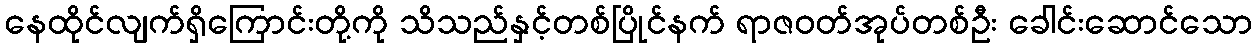
နေထိုင်လျက်ရှိကြောင်းတို့ကို သိသည်နှင့်တစ်ပြိုင်နက် ရာဇဝတ်အုပ်တစ်ဦး ခေါင်းဆောင်သော